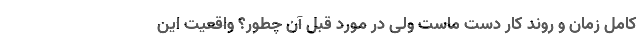
کامل زمان و روند کار دست ماست ولی در مورد قبل آن چطور؟ واقعیت این